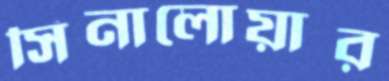
সিনালোয়ার